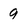
Character: 9